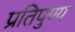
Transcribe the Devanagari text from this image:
प्रतिपुण्य